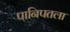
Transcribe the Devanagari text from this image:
पानिपतला